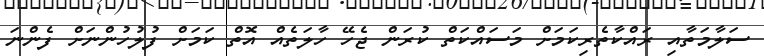
ސަލާމަތާއި ރައްކާތެރިކަމަށް މަސައްކަތް ކުރަން ޖެހޭ ހާލަތެއް އޮތް ކަމަށް ފުލުހުންނަށް ފެންނަ